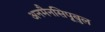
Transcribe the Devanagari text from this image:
अनमैनसिपूबुल